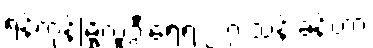
ရန်ကုန်မြို့လူဦးရေရဲ့ ၂.၇ သန်းခန့်ဟာ